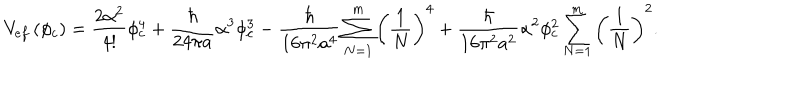
LaTeX: V _ { e f } \left( \phi _ { c } \right) = \frac { 2 \alpha ^ { 2 } } { 4 ! } \phi _ { c } ^ { 4 } + \frac { \hbar } { 2 4 \pi a } \alpha ^ { 3 } \phi _ { c } ^ { 3 } - \frac { \hbar } { 1 6 \pi ^ { 2 } a ^ { 4 } } \sum _ { N = 1 } ^ { m } \left( \frac { 1 } { N } \right) ^ { 4 } + \frac { \hbar } { 1 6 \pi ^ { 2 } a ^ { 2 } } \alpha ^ { 2 } \phi _ { c } ^ { 2 } \sum _ { N = 1 } ^ { m } \left( \frac { 1 } { N } \right) ^ { 2 } .